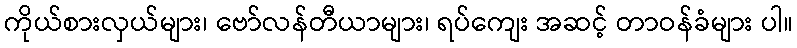
ကိုယ်စားလှယ်များ၊ ဗော်လန်တီယာများ၊ ရပ်ကျေး အဆင့် တာဝန်ခံများ ပါ။